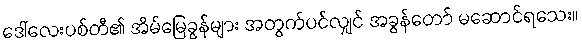
ဒေါ်လေးပစ်တီ၏ အိမ်မြေခွန်များ အတွက်ပင်လျှင် အခွန်တော် မဆောင်ရသေး။